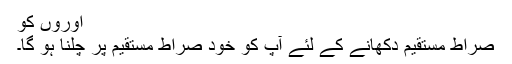
اوروں کو
صراط مستقیم دکھانے کے لئے آپ کو خود صراط مستقیم پر چلنا ہو گا۔